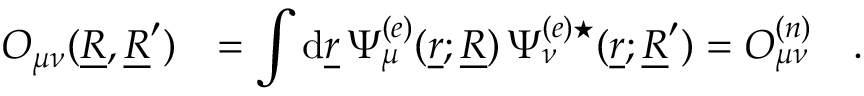
\begin{array} { r l } { O _ { \mu \nu } ( \underline { { R } } , \underline { { R } } ^ { \prime } ) } & { = \displaystyle \int \mathrm { d } \underline { { r } } \, \Psi _ { \mu } ^ { ( e ) } ( \underline { { r } } ; \underline { { R } } ) \, \Psi _ { \nu } ^ { ( e ) \star } ( \underline { { r } } ; \underline { { R } } ^ { \prime } ) = O _ { \mu \nu } ^ { ( n ) } \quad . } \end{array}